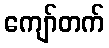
ကျော်တက်